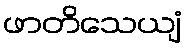
ဖာတိသေယျံ